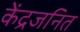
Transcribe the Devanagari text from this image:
केंद्रजनित